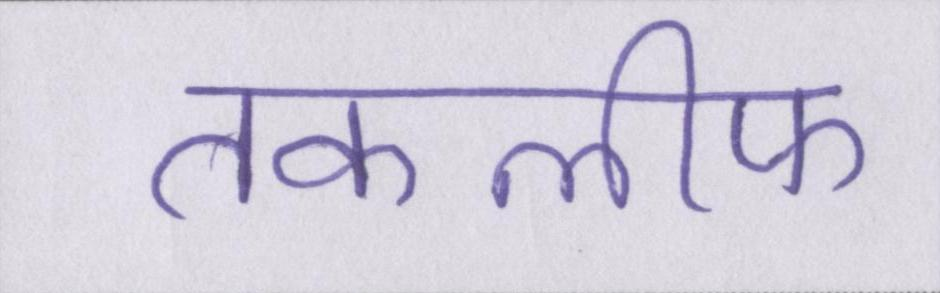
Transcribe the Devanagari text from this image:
तकलीफ